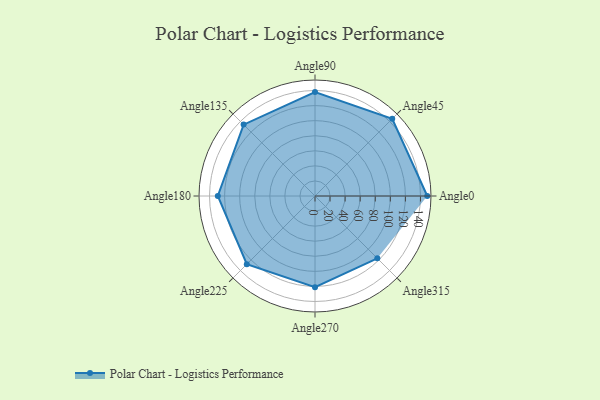
{"axis": {"x": "Angle", "y": "Radius"}, "legend": [""], "data": [{"x": "Angle0", "y": 149.0, "type": ""}, {"x": "Angle45", "y": 145.0, "type": ""}, {"x": "Angle90", "y": 138.0, "type": ""}, {"x": "Angle135", "y": 134.0, "type": ""}, {"x": "Angle180", "y": 129.0, "type": ""}, {"x": "Angle225", "y": 128.0, "type": ""}, {"x": "Angle270", "y": 121.0, "type": ""}, {"x": "Angle315", "y": 117.0, "type": ""}]}